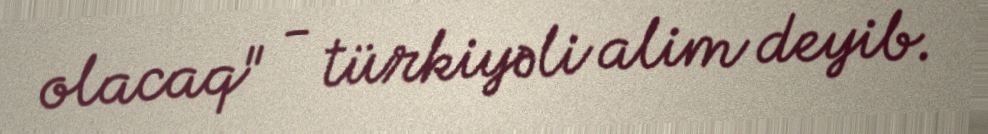
olacaq" - türkiyəli alim deyib.